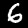
Digit: 6